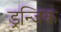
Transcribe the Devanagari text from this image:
ड्रन्जिक